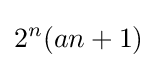
2^{n}(an+1)